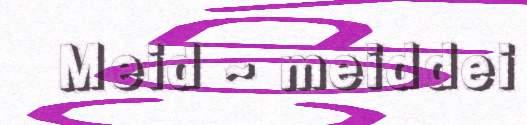
Meid ~ meiddei